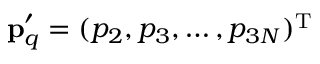
\mathbf { p } _ { q } ^ { \prime } = ( p _ { 2 } , p _ { 3 } , \dots , p _ { 3 N } ) ^ { \mathrm { T } }